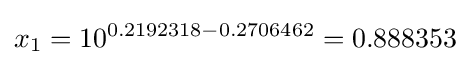
x_{1}=10^{0.2192318-0.2706462}=0.888353